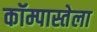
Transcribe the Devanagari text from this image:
कॉम्पास्तेला